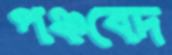
পঞ্চবেদ